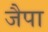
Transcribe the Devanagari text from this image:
जैपा